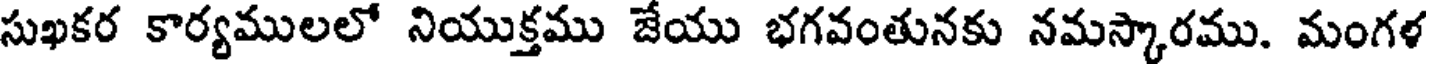
సుఖకర కార్యములలో నియుక్తము జేయు భగవంతునకు నమస్కారము. మంగళ